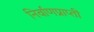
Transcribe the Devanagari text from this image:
निर्वाणप्राप्ती